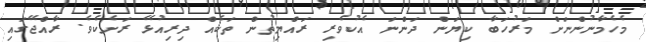
މެހެމާނުންނަށް މަރުހަބާ ކިޔަން ދަންނަ އެކުވެރި ރައްޔިތުން ތަކެއް ދިރިއުޅޭ ރަށެކެވެ. ރާއްޖޭގައި